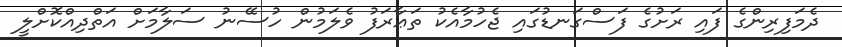
ދެމަފިރިންގެ ފައި ރަށުގެ ފަސްގަނޑުގައި ޖެހުމާއެކު ތަޢާރަފު ވެލަމުން ހުސޭނު ސަލާމަށް އަތްދިއްކޮށްލީ